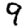
Digit: 9